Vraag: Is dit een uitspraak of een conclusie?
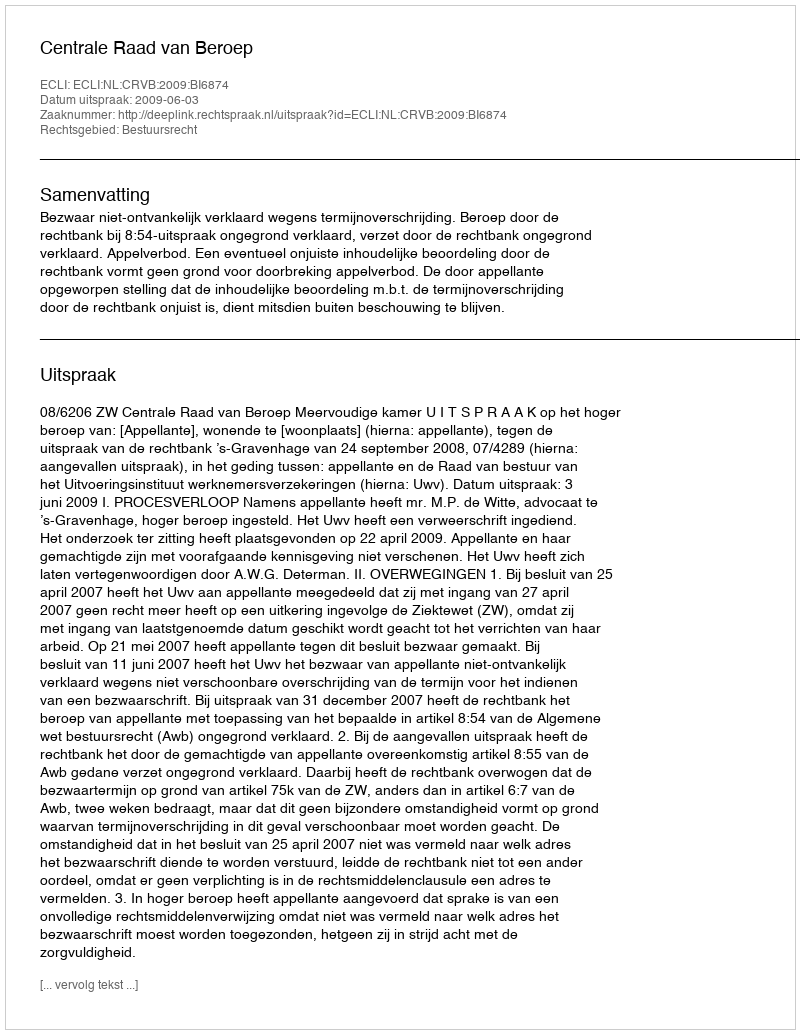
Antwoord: Uitspraak